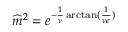
\widehat { m } ^ { 2 } = e ^ { - \frac { 1 } { \nu } \arctan ( \frac { 1 } { \nu \epsilon } ) }